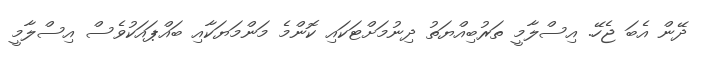
ދޭން އެބަ ޖެހޭ. އިސްލާމީ ތަރުބިއްޔަތު ދިނުމަށްޓަކައި ކޮންމެ މަންމަޔަކާއި ބައްޕައަކުވެސް އިސްލާމީ